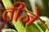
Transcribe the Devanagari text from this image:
तीजे